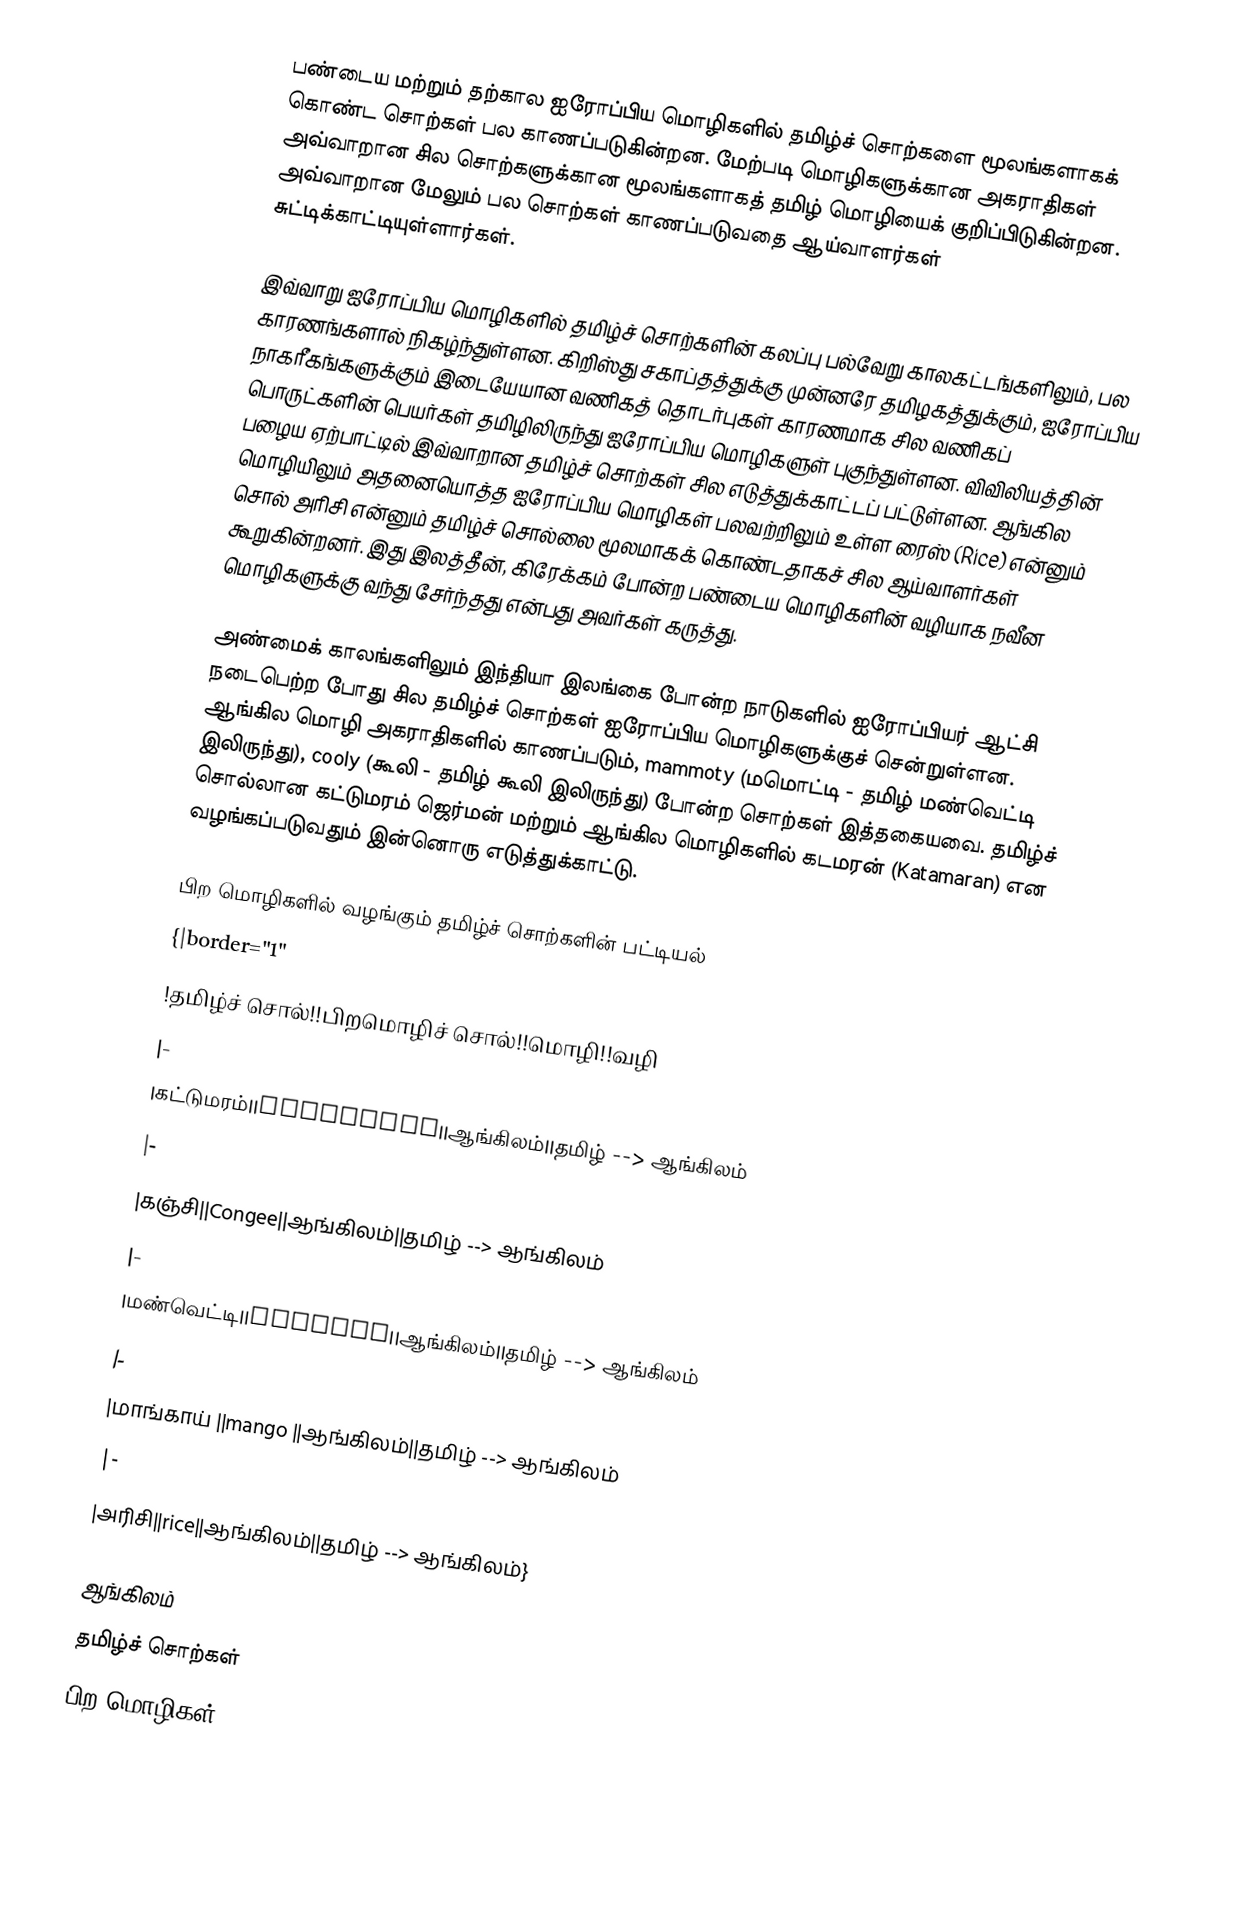
பண்டைய மற்றும் தற்கால ஐரோப்பிய மொழிகளில் தமிழ்ச் சொற்களை மூலங்களாகக் கொண்ட சொற்கள் பல காணப்படுகின்றன. மேற்படி மொழிகளுக்கான அகராதிகள் அவ்வாறான சில சொற்களுக்கான மூலங்களாகத் தமிழ் மொழியைக் குறிப்பிடுகின்றன. அவ்வாறான மேலும் பல சொற்கள் காணப்படுவதை ஆய்வாளர்கள் சுட்டிக்காட்டியுள்ளார்கள்.

இவ்வாறு ஐரோப்பிய மொழிகளில் தமிழ்ச் சொற்களின் கலப்பு பல்வேறு காலகட்டங்களிலும், பல காரணங்களால் நிகழ்ந்துள்ளன. கிறிஸ்து சகாப்தத்துக்கு முன்னரே தமிழகத்துக்கும், ஐரோப்பிய நாகரீகங்களுக்கும் இடையேயான வணிகத் தொடர்புகள் காரணமாக சில வணிகப் பொருட்களின் பெயர்கள் தமிழிலிருந்து ஐரோப்பிய மொழிகளுள் புகுந்துள்ளன. விவிலியத்தின் பழைய ஏற்பாட்டில் இவ்வாறான தமிழ்ச் சொற்கள் சில எடுத்துக்காட்டப் பட்டுள்ளன. ஆங்கில மொழியிலும் அதனையொத்த ஐரோப்பிய மொழிகள் பலவற்றிலும் உள்ள ரைஸ் (Rice) என்னும் சொல் அரிசி என்னும் தமிழ்ச் சொல்லை மூலமாகக் கொண்டதாகச் சில ஆய்வாளர்கள் கூறுகின்றனர். இது இலத்தீன், கிரேக்கம் போன்ற பண்டைய மொழிகளின் வழியாக நவீன மொழிகளுக்கு வந்து சேர்ந்தது என்பது அவர்கள் கருத்து.

அண்மைக் காலங்களிலும் இந்தியா இலங்கை போன்ற நாடுகளில் ஐரோப்பியர் ஆட்சி நடைபெற்ற போது சில தமிழ்ச் சொற்கள் ஐரோப்பிய மொழிகளுக்குச் சென்றுள்ளன. ஆங்கில மொழி அகராதிகளில் காணப்படும், mammoty (மமொட்டி - தமிழ் மண்வெட்டி இலிருந்து), cooly (கூலி - தமிழ் கூலி இலிருந்து) போன்ற சொற்கள் இத்தகையவை. தமிழ்ச் சொல்லான கட்டுமரம் ஜெர்மன் மற்றும் ஆங்கில மொழிகளில் கடமரன் (Katamaran) என வழங்கப்படுவதும் இன்னொரு எடுத்துக்காட்டு.

பிற மொழிகளில் வழங்கும் தமிழ்ச் சொற்களின் பட்டியல்
{|border="1"
!தமிழ்ச் சொல்!!பிறமொழிச் சொல்!!மொழி!!வழி
|-
|கட்டுமரம்||katamaran||ஆங்கிலம்||தமிழ் --> ஆங்கிலம்
|-
|கஞ்சி||Congee||ஆங்கிலம்||தமிழ் --> ஆங்கிலம்
|-
|மண்வெட்டி||Mamotty||ஆங்கிலம்||தமிழ் --> ஆங்கிலம்
|-
|மாங்காய் ||mango ||ஆங்கிலம்||தமிழ் --> ஆங்கிலம்
|-
|அரிசி||rice||ஆங்கிலம்||தமிழ் --> ஆங்கிலம்}

ஆங்கிலம்
தமிழ்ச் சொற்கள்
பிற மொழிகள்